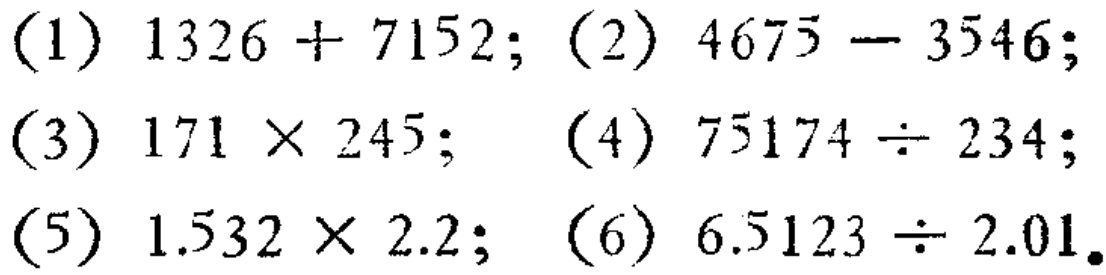
(1) \(1326 + 7152\); (2) \(4675 - 3546\);

(3) \(171\times245\); (4) \(75174\div234\);

(5) \(1.532\times2.2\); (6) \(6.5123\div2.01\).